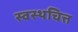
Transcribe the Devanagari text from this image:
स्वस्थचित्त